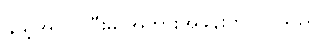
နွယ့်အလုပ်ပြီးမှ အဘွားအခန်းကို ဝင်သည်။